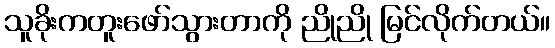
သူခိုးကတူးဖော်သွားတာကို ညိုညို မြင်လိုက်တယ်။